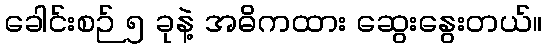
ခေါင်းစဉ် ၅ ခုနဲ့ အဓိကထား ဆွေးနွေးတယ်။